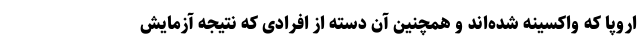
اروپا که واکسینه شده‌اند و همچنین آن دسته از افرادی که نتیجه آزمایش